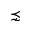
\precnsim